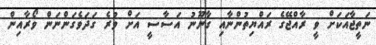
ނަތީޖާއަކަށް ވީ ރާއްޖޭގެ ރައްޔިތުންނާއި ގާނޫނު އަސާސީ އަށް ވުރެ ގަދަވެގަންނަން ވޯރާއިން